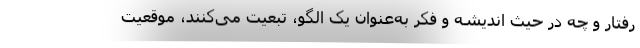
رفتار و چه در حیث اندیشه و فکر به‌عنوان یک الگو، تبعیت می‌کنند، موقعیت